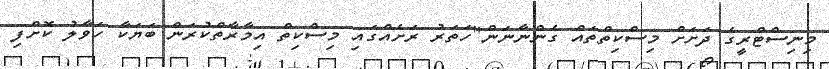
މިނިސްޓްރީގެ ދަށަށް މިސްކިތްތައް ގެންނާނަން"ހަތަރު ރަށެއްގައި މިސްކިތް އިމާރާތްކުރަން ބަޔަކާ ހަވާލު ކޮށްފި